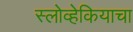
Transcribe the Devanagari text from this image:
स्लोव्हेकियाचा